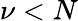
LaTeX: \nu<N